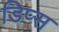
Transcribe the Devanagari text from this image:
डिप्स